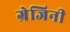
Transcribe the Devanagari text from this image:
ग्रेजिनी